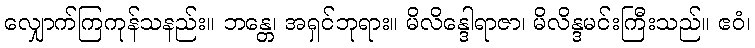
လျှောက်ကြကုန်သနည်း။ ဘန္တေ၊ အရှင်ဘုရား။ မိလိန္ဒေါရာဇာ၊ မိလိန္ဒမင်းကြီးသည်။ ဧဝံ၊